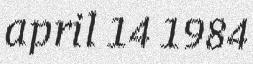
april 14 1984